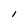
Character: l